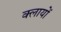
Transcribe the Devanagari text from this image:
क्लायों